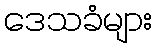
ဒေသခံများ